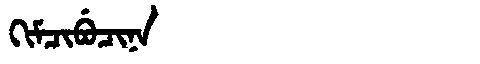
Manchu: ᡴᡳᠮᠴᡳᠪᡠᠴᡳᠨᠠ
Romanization: KIMCIBUCINA